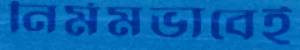
নির্মমভাবেই